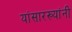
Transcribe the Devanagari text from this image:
यांसारख्यांनी